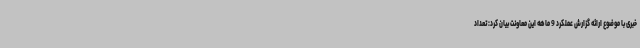
خبری با موضوع ارائه گزارش عملکرد 9 ماهه این معاونت بیان کرد: تعداد